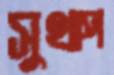
সুথাপ